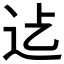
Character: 𮞂